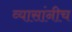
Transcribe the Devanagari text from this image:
व्यासांनीच